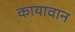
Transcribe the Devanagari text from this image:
कायावान